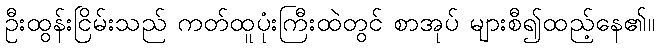
ဦးထွန်းငြိမ်းသည် ကတ်ထူပုံးကြီးထဲတွင် စာအုပ် များစီ၍ထည့်နေ၏။